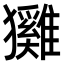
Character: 𤣕